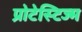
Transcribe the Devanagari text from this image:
प्रोटेस्टिज्म